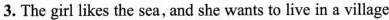
3.The girl likes the sea, and she wants to live in a village